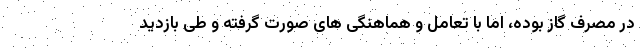
در مصرف گاز بوده، اما با تعامل و هماهنگی های صورت گرفته و طی بازدید